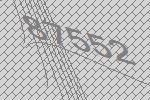
87552